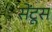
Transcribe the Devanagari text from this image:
सेंटूस